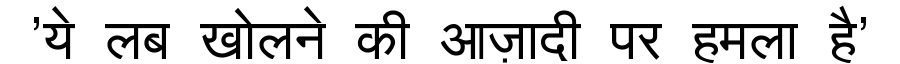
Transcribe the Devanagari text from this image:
'ये लब खोलने की आज़ादी पर हमला है'